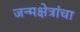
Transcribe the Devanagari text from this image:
जन्मक्षेत्रांचा